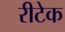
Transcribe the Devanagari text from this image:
रीटेक